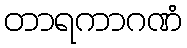
တာရကာဂဏံ